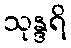
သုန္ဒရိ